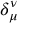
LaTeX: \delta _ { \mu } ^ { \nu }